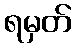
ရမှတ်